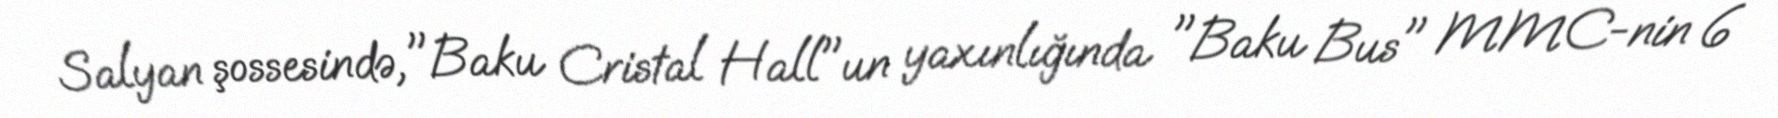
Salyan şossesində,"Baku Cristal Hall"un yaxınlığında "Baku Bus" MMC-nin 6